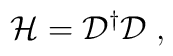
{\mathcal H}={\mathcal D}^\dagger {\mathcal D}\;,